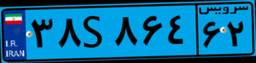
۱۰S۴۶۶۴۶